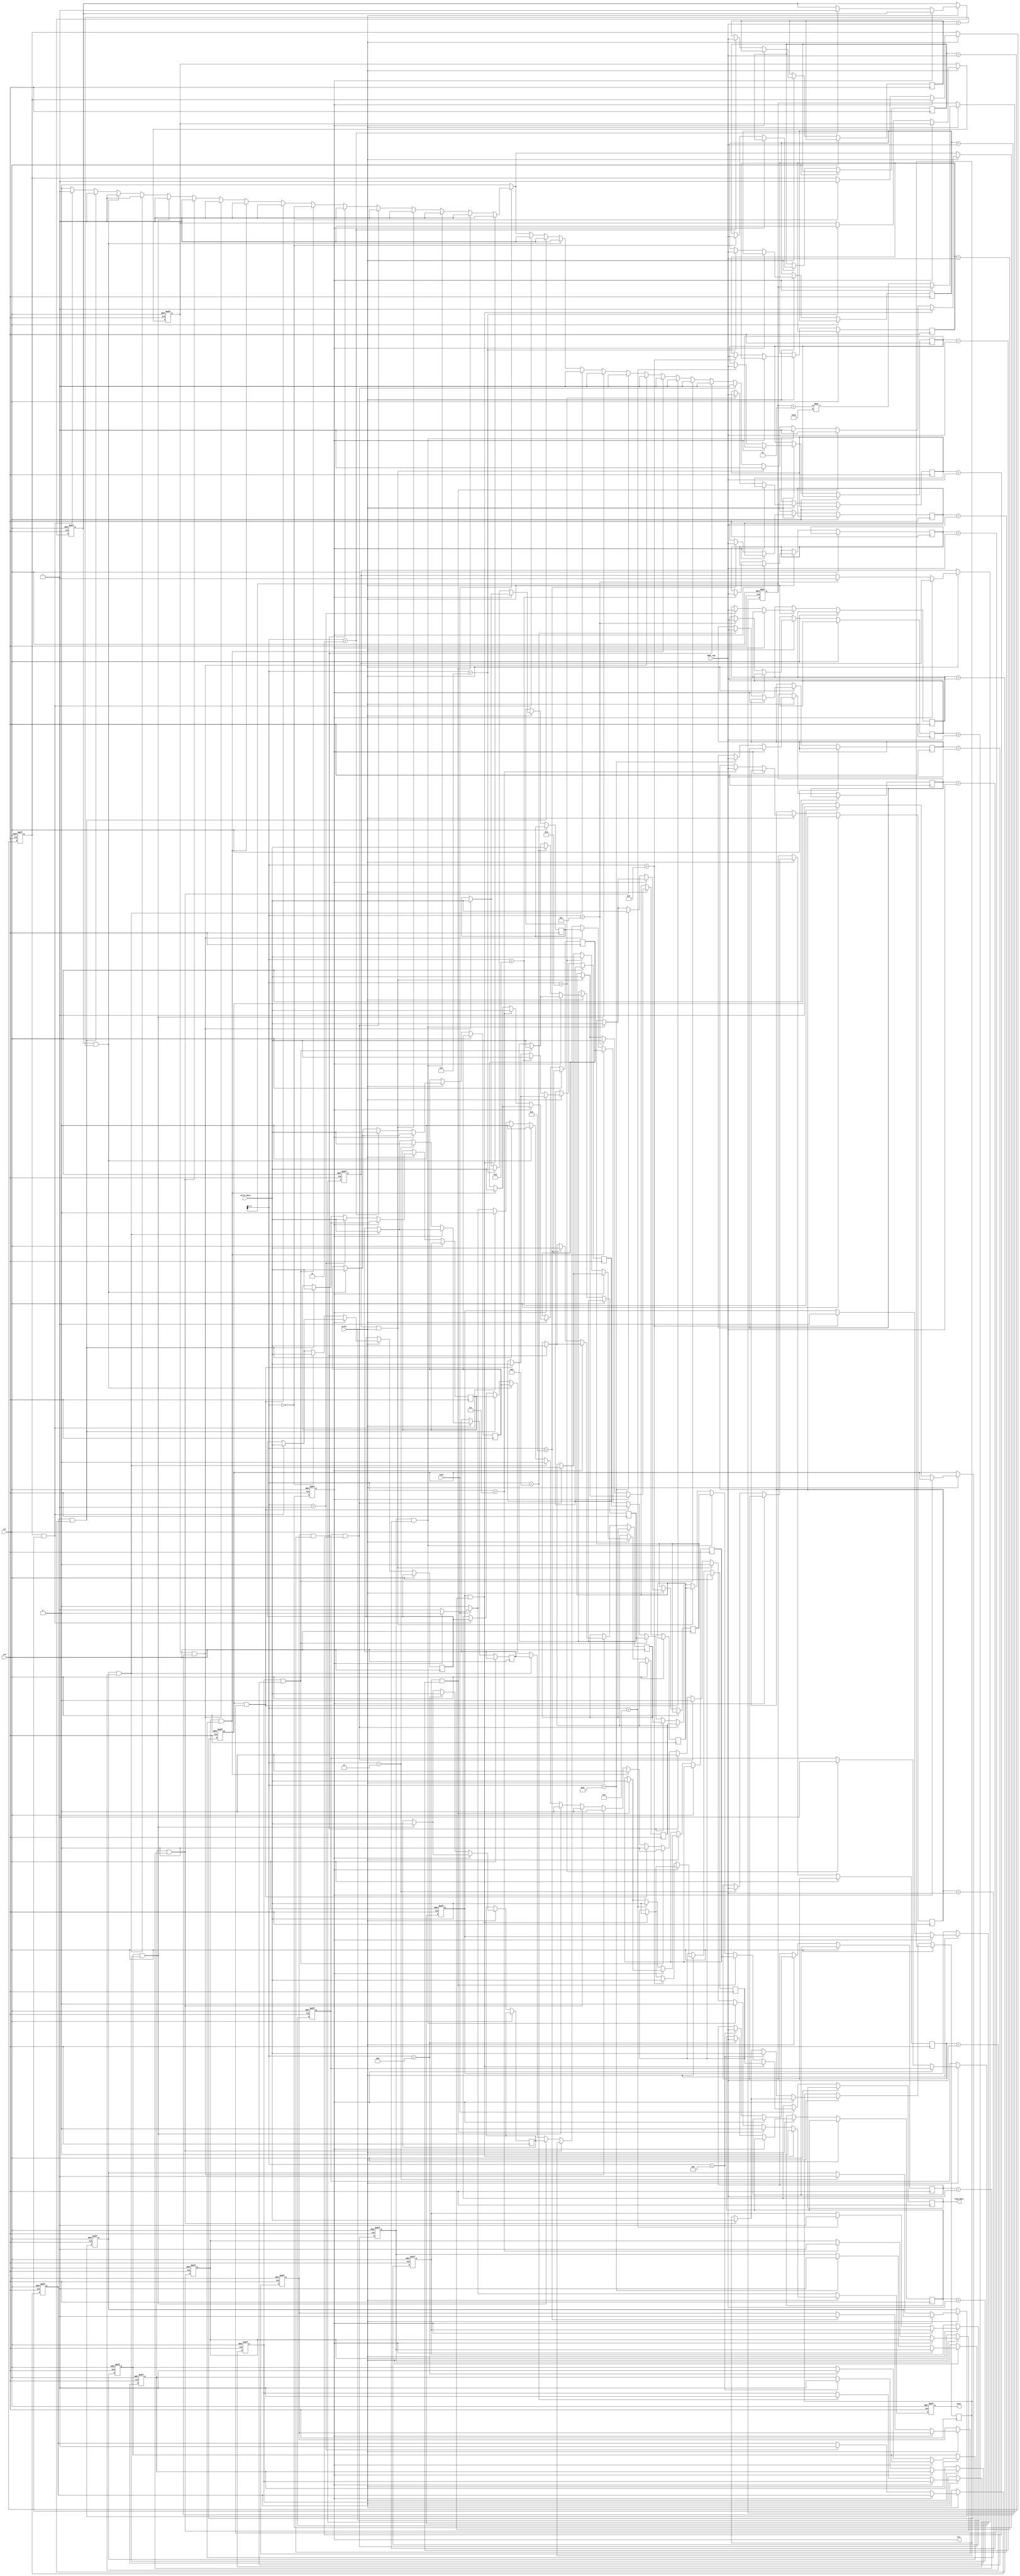
module fully_associative_cache #(
    parameter DATA_WIDTH = 32,  // Width of the data
    parameter TAG_WIDTH = 10,    // Width of the tag
    parameter CACHE_SIZE = 16     // Number of cache lines
)(
    input wire clk,
    input wire rst,
    input wire [TAG_WIDTH-1:0] addr_tag, // Address tag from CPU
    input wire [DATA_WIDTH-1:0] write_data, // Data to write
    input wire read, // Read request
    input wire write, // Write request
    output reg [DATA_WIDTH-1:0] read_data, // Data read from cache
    output reg hit, // Hit signal
    output reg miss // Miss signal
);

    // Cache line structure
    reg [DATA_WIDTH-1:0] cache_data [0:CACHE_SIZE-1]; // Data storage
    reg [TAG_WIDTH-1:0] cache_tag [0:CACHE_SIZE-1]; // Tag storage
    reg valid [0:CACHE_SIZE-1]; // Valid bits
    integer i;
    integer replace_index; // Index for replacement policy

    // Initialize cache
    initial begin
        for (i = 0; i < CACHE_SIZE; i = i + 1) begin
            valid[i] = 0;
        end
        replace_index = 0; // Start replacing from the first line
    end

    // Cache access logic
    always @(posedge clk or posedge rst) begin
        if (rst) begin
            // Reset cache
            for (i = 0; i < CACHE_SIZE; i = i + 1) begin
                valid[i] <= 0;
            end
            replace_index <= 0;
            hit <= 0;
            miss <= 0;
        end else begin
            hit <= 0;
            miss <= 0;

            // Check for read operation
            if (read) begin
                // Check for a hit
                for (i = 0; i < CACHE_SIZE; i = i + 1) begin
                    if (valid[i] && (cache_tag[i] == addr_tag)) begin
                        read_data <= cache_data[i];
                        hit <= 1; // Hit found
                        miss <= 0;
                    end
                end

                // If no hit, it's a miss
                if (!hit) begin
                    miss <= 1;
                end
            end

            // Check for write operation
            if (write) begin
                // Update cache line if valid line is found
                for (i = 0; i < CACHE_SIZE; i = i + 1) begin
                    if (valid[i] && (cache_tag[i] == addr_tag)) begin
                        cache_data[i] <= write_data; // Update data
                        hit <= 1; // Hit found
                        miss <= 0;
                    end
                end

                // If no valid line found, replace the oldest line
                if (!hit) begin
                    cache_data[replace_index] <= write_data; // Write new data
                    cache_tag[replace_index] <= addr_tag; // Update tag
                    valid[replace_index] <= 1; // Set valid bit
                    replace_index <= (replace_index + 1) % CACHE_SIZE; // Update replace index
                end
            end
        end
    end
endmodule